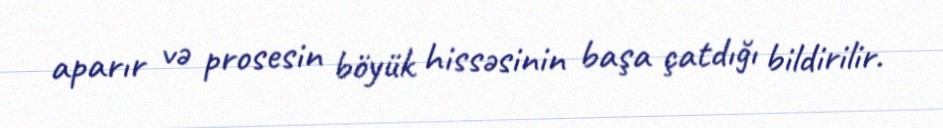
aparır və prosesin böyük hissəsinin başa çatdığı bildirilir.